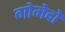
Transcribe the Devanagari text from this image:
गोमेदों